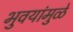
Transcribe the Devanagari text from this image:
भुवयांमुळे